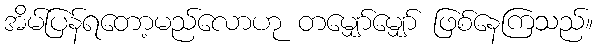
အိမ်ပြန်ရတော့မည်လောဟု တမျှော်မျှော် ဖြစ်နေကြသည်။